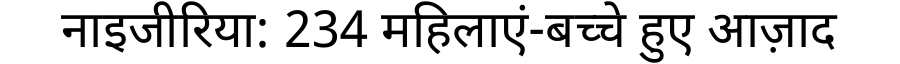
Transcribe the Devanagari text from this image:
नाइजीरिया: 234 महिलाएं-बच्चे हुए आज़ाद